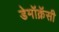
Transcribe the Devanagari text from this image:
डेमॉक्रॅसी